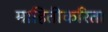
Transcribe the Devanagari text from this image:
माहितीकरिता